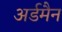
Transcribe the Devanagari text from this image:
अर्डमैन